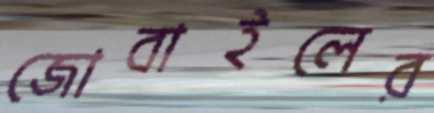
জোবাইলের